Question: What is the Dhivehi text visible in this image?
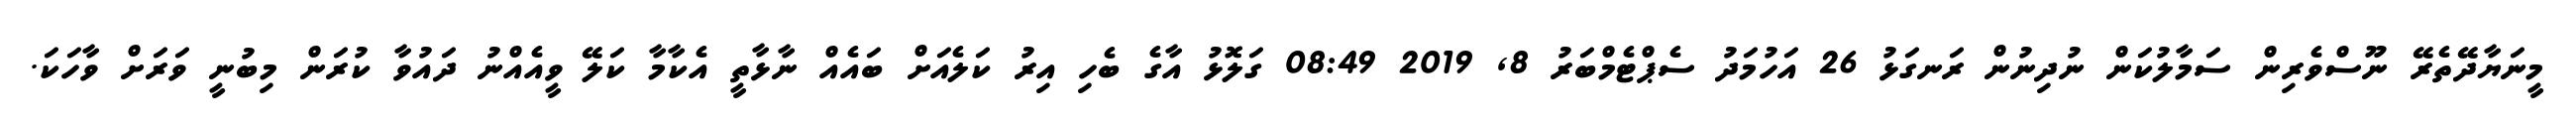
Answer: މީނަޔާދޭތެރޭ ނޫސްވެރިން ސަމާލުކަން ނުދިނުން ރަނގަޅު 26 އަހުމަދު ސެޕްޓެމްބަރު 8, 2019 08:49 ގަލޮޅު އާގެ ބެހި އިރު ކަލެއަށް ބައެއް ނާޅާތީ އެކާމާ ކަލޭ ވީއެއްނު ދައުވާ ކުރަން މިބުނީ ވަރަށް ވާހަކަ.